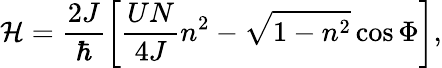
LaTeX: \mathcal{H}=\frac{2J}{\hbar}\left[\frac{UN}{4J}n^{2}-\sqrt{1-n^{2}}\cos{\Phi}\right],